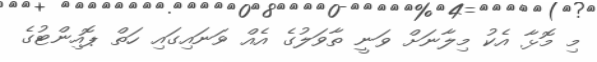
މި މޮޅާ އެކު މިލާނަށް ވަނީ ތާވަލުގެ އެއް ވަނައިގައި ހަތް ޕޮއިންޓުގެ